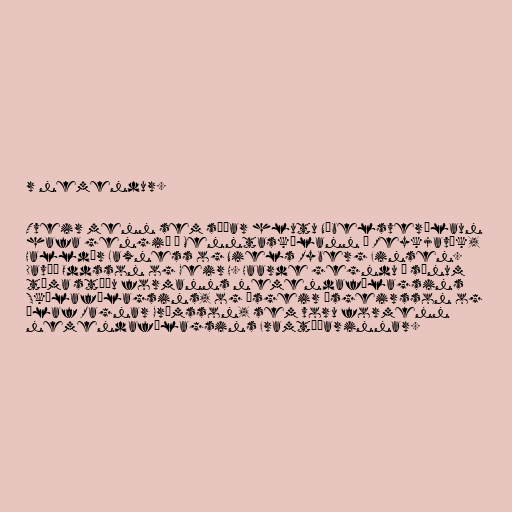
r nemendur.

Tveir menn sem síðar hlutu Nóbelsverðlaun
hafa gengið í Menntaskólann í Reykjavík,
Halldór Laxness og Niels Ryberg Finsen.
Davíð Oddsson og Geir H. Haarde gegndu á sínum
tíma stöðu formanns nemendafélagsins
Skólafélagsins, og Ásgeir Ásgeirsson og
Ólaf Ragnar Grímsson, sem voru formenn
nemendafélagsins Framtíðarinnar.